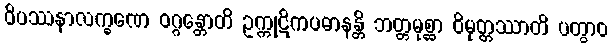
ဝိပဿနာလက္ခဏေ ဝဂ္ဂန္တောတိ ဥက္ကုဋိကပဓာနန္တိ ဘတ္တမုစ္ဆာ ဝိမုတ္တဿာတိ ပတွာဝ